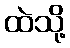
ထဲသို့